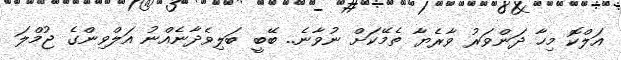
އަލްކޮ މިހާ ދަންވަރުު ވާރެޔާ ތެމޭކަށް ނުވާނެ.. ބޭބީ ބަލިވެދާނެއްނު އަލްވިންގެ ޖުމްލަ